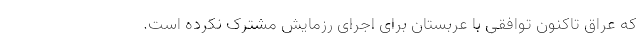
که عراق تاکنون توافقی با عربستان برای اجرای رزمایش مشترک نکرده است.